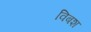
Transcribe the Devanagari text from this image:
विबश